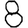
Digit: 8